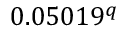
0 . 0 5 0 1 9 ^ { q }